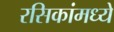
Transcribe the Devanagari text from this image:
रसिकांमध्ये